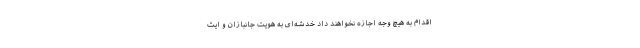
اقدام به هیچ وجه اجازه نخواهند داد خدشه‌ای به هویت جانبازان و ایث